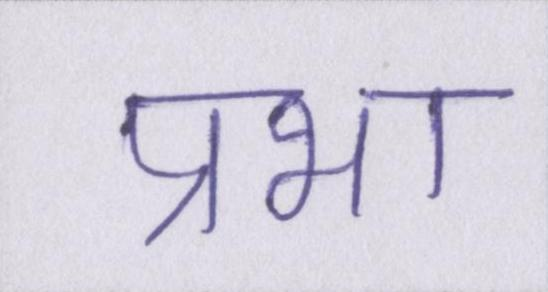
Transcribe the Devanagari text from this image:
प्रभा